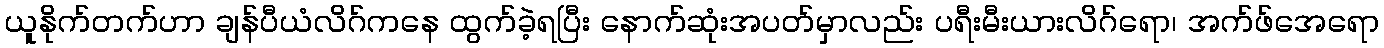
ယူနိုက်တက်ဟာ ချန်ပီယံလိဂ်ကနေ ထွက်ခဲ့ရပြီး နောက်ဆုံးအပတ်မှာလည်း ပရီးမီးယားလိဂ်ရော၊ အက်ဖ်အေရော